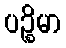
ပဉ္စိမာ